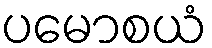
ပမောစယံ